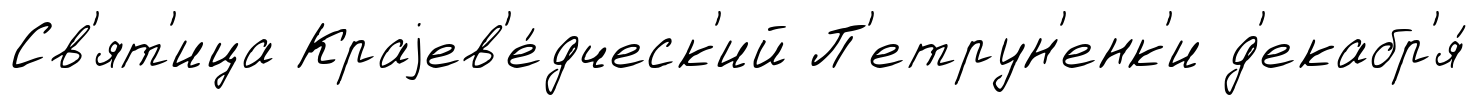
Св'ят'ица Краjев'е́дческ'ий П'етрун'енк'и д'екабр'я́